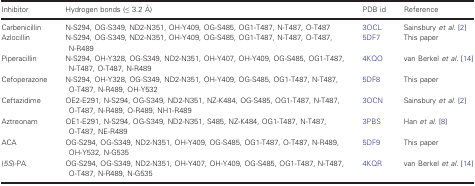
<table><thead><tr><td><b>Inhibitor</b></td><td><b>Hydrogen bonds (≤ 3.2 Å)</b></td><td><b>PDB id</b></td><td><b>Reference</b></td></tr></thead><tbody><tr><td>Carbenicillin</td><td>N‐S294, OG‐S349, ND2‐N351, OH‐Y409, OG‐S485, OG1‐T487, N‐T487, O‐T487</td><td>3OCL</td><td>Sainsbury <i>et al</i>. 2</td></tr><tr><td>Azlocillin</td><td>N‐S294, OG‐S349, ND2‐N351, OH‐Y409, OG‐S485, OG1‐T487, N‐T487, O‐T487, N‐R489</td><td>5DF7</td><td>This paper</td></tr><tr><td>Piperacillin</td><td>N‐S294, OH‐Y328, OG‐S349, ND2‐N351, OH‐Y407, OH‐Y409, OG‐S485, OG1‐T487, N‐T487, O‐T487, N‐R489</td><td>4KQO</td><td>van Berkel <i>et al</i>. 14</td></tr><tr><td>Cefoperazone</td><td>N‐S294, OH‐Y328, OG‐S349, ND2‐N351, OH‐Y409, OG‐S485, OG1‐T487, N‐T487, O‐T487, N‐R489, OH‐Y532</td><td>5DF8</td><td>This paper</td></tr><tr><td>Ceftazidime</td><td>OE2‐E291, N‐S294, OG‐S349, ND2‐N351, NZ‐K484, OG‐S485, OG1‐T487, N‐T487, O‐T487, N‐R489, O‐R489, NH1‐R489</td><td>3OCN</td><td>Sainsbury <i>et al</i>. 2</td></tr><tr><td>Aztreonam</td><td>OE1‐E291, N‐S294, OG‐S349, ND2‐N351, S485, NZ‐K484, OG1‐T487, N‐T487, O‐T487, NE‐R489</td><td>3PBS</td><td>Han <i>et al</i>. 8</td></tr><tr><td>ACA</td><td>OG‐S294, OG‐S349, ND2‐N351, OH‐Y409, OG‐S485, OG1‐T487, O‐T487, N‐R489, OH‐Y532, N‐G535</td><td>5DF9</td><td>This paper</td></tr><tr><td>(<i>5S</i>)‐PA</td><td>OG‐S294, OG‐S349, ND2‐N351, OH‐Y407, OH‐Y409, OG‐S485, OG1‐T487, N‐T487, O‐T487, N‐R489, N‐G535</td><td>4KQR</td><td>van Berkel <i>et al</i>. 14</td></tr></tbody></table>